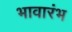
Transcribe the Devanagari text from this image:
भावारंभ